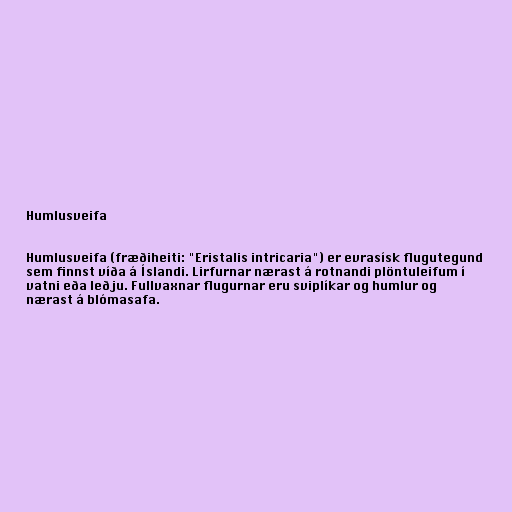
Humlusveifa

Humlusveifa (fræðiheiti: "Eristalis intricaria") er evrasísk flugutegund
sem finnst víða á Íslandi. Lirfurnar nærast á rotnandi plöntuleifum í
vatni eða leðju. Fullvaxnar flugurnar eru sviplíkar og humlur og
nærast á blómasafa.